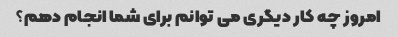
امروز چه کار دیگری می توانم برای شما انجام دهم؟